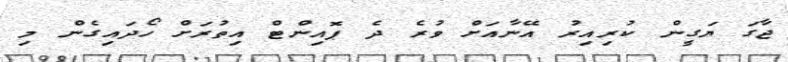
ޖާގަ ޔަގީން ކުރިއިރު އޭނާއަށް ވުރެ ދެ ޕޮއިންޓް އިތުރަށް ހޯދައިގެން މި